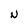
Character: N